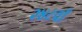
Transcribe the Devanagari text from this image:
२४८वाँ